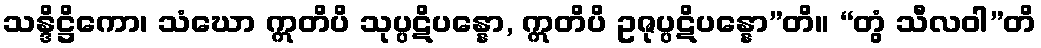
သန္ဒိဋ္ဌိကော၊ သံဃော ဣတိပိ သုပ္ပဋိပန္နော, ဣတိပိ ဥဇုပ္ပဋိပန္နော”တိ။ “တွံ သီလဝါ”တိ